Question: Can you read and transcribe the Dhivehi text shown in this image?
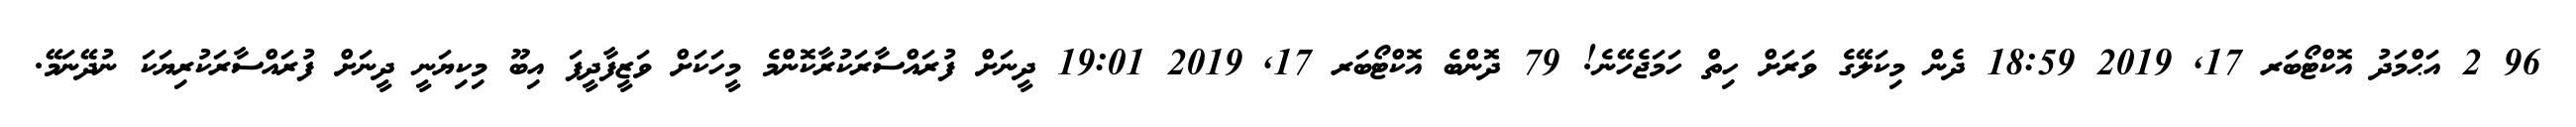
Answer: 96 2 އަޙްމަދު އޮކްޓޯބަރ 17, 2019 18:59 ދެން މިކަލޭގެ ވަރަށް ހިތް ހަމަޖެހޭނެ! 79 ދޮންބެ އޮކްޓޯބަރ 17, 2019 19:01 ދީނަށް ފުރައްސާރަކުރާކޮންމެ މީހަކަށް ވަޒީފާދީފަ އިބޫ މިކިޔަނީ ދީނަށް ފުރައްސާރަކުރިޔަކަ ނުދޭނަމޭ.